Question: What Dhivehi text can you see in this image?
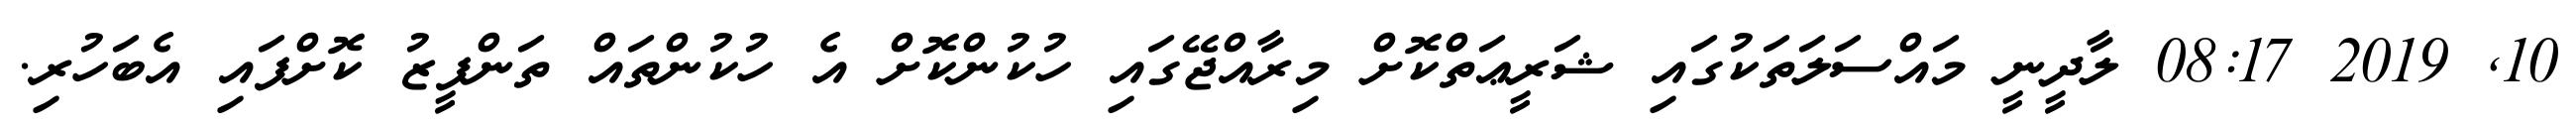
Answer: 10, 2019 08:17 ލާދީނީ މައްސަލަތަކުގައި ޝަރީޢަތްކޮށް މިރާއްޖޭގައި ހުކުންކޮށް އެ ހުކުންތައް ތަންފީޒު ކޮށްފައި އެބަހުރި.